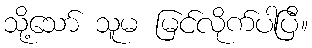
သို့သော် သူမ မြင်လိုက်ပါပြီ။